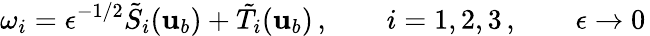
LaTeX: \omega_{i}=\epsilon^{-1/2}\tilde{S}_{i}({\mathbf{u}}_{b})+\tilde{T}_{i}({\mathbf{u}}_{b})\, ,\qquad i=1,2,3\, ,\qquad\epsilon\to 0\,